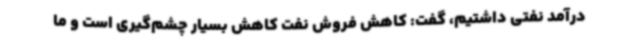
درآمد نفتی داشتیم، گفت: کاهش فروش نفت کاهش بسیار چشم‌گیری است و ما